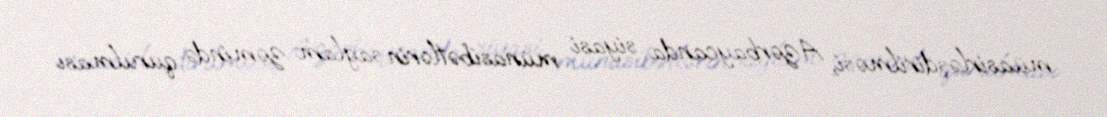
müasirləşdirilməsi, Azərbaycanda siyasi münasibətlərin sağlam zəmində qurulması